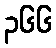
၃၆၆